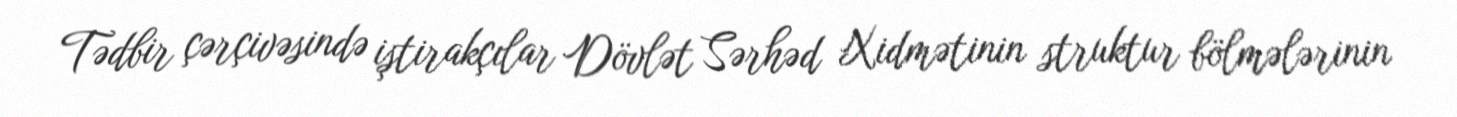
Tədbir çərçivəsində iştirakçılar Dövlət Sərhəd Xidmətinin struktur bölmələrinin